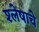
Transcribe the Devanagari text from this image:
श्लेषाचे